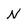
Character: N